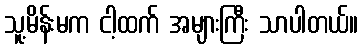
သူ့မိန်းမက ငါ့ထက် အများကြီး သာပါတယ်။